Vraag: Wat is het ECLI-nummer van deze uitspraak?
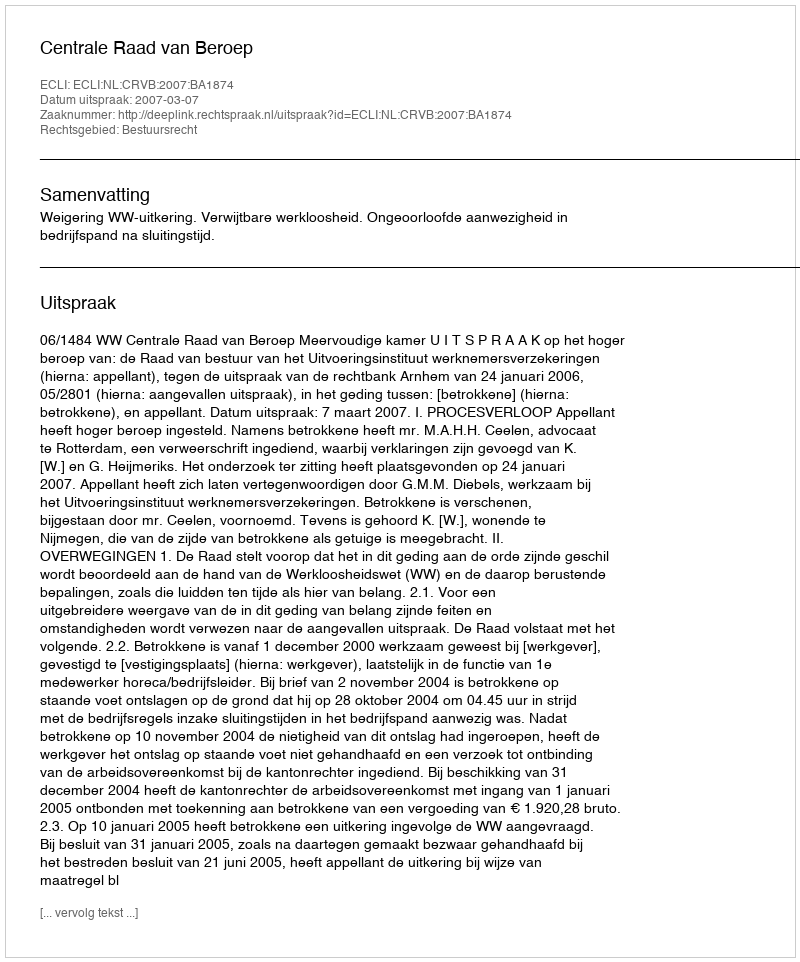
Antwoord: ECLI:NL:CRVB:2007:BA1874